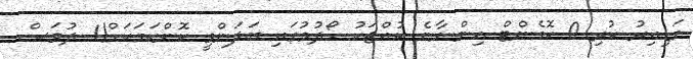
ގަޑިއިރު ކުރި 0 ކޮމެންޓް އިންނާނެ ކުއްޖަކު ހޯދުމުގައި ބަލަންވީ ކޮންކަމަކަށް!1 ދުވަސް